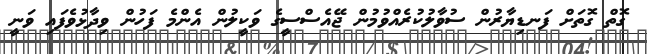
ގޮތް ގޮތަށް ފަނޑިޔާރުން ސުވާލުކުރެއްވުމުން ޖޭއެސްސީގެ ވަކީލުން އެންމެ ފަހުން ވިދާޅުވެފައި ވަނީ